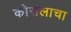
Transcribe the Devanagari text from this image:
कोसलाचा